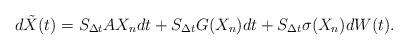
LaTeX: \begin{align*}d\tilde{X}(t)=S_{\Delta t}AX_ndt+S_{\Delta t}G(X_n)dt+S_{\Delta t}\sigma(X_n)dW(t).\end{align*}